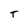
Character: T